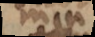
min